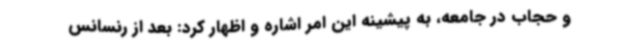
و حجاب در جامعه، به پیشینه این امر اشاره و اظهار کرد: بعد از رنسانس